Indian journal of veterinary science and animal husbandry - Volume 12,
Year: 1942
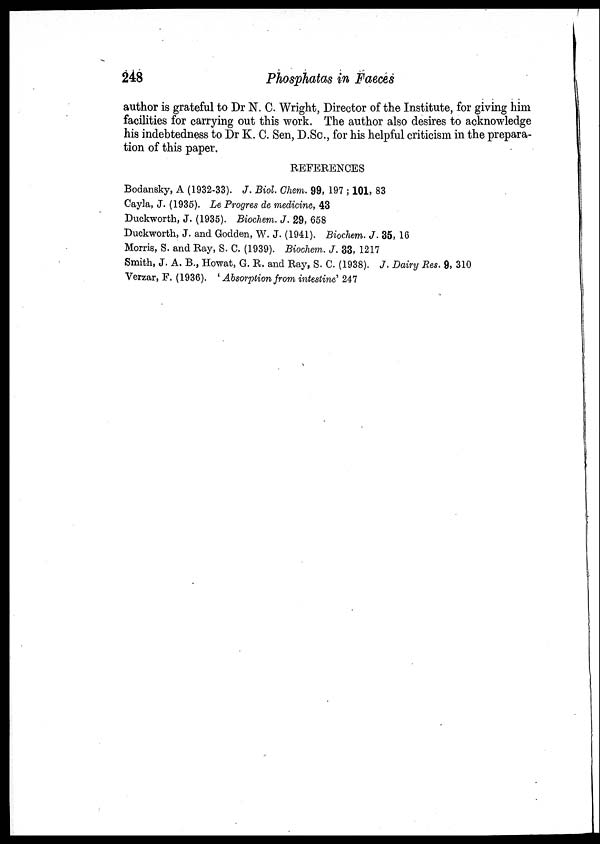
248
Phosphatas in Faeces
author is grateful to Dr N. C. Wright, Director of the Institute, for giving him
facilities for carrying out this work. The author also desires to acknowledge
his indebtedness to Dr K. C. Sen, D.Sc., for his helpful criticism in the prepara-
tion of this paper.
REFERENCES
Bodansky, A (1932-33). J. Biol. Chem. 99, 197 ; 101, 83
Cayla, J. (1935). Le Progres de medicine, 43
Duckworth, J. (1935). Biochem. J. 29, 658
Duckworth, J. and Godden, W. J. (1941). Biochem. J. 35, 16
Morris, S. and Ray, S. C. (1939). Biochem. J. 33, 1217
Smith, J. A. B., Howat, G. R. and Ray, S. C. (1938). J. Dairy Res. 9, 310
Verzar, F. (1936). ' Absorption from intestine' 247